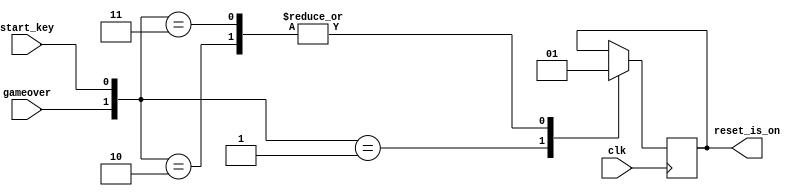
/*module game_reset(SW, LEDR, CLOCK_50);
	input[9:0] SW;
	output [9:0]LEDR;
	input CLOCK_50;
	
	game_reset1 gr(
		.start_key(SW[0]),
		.gameover(SW[1]),
		.clk(CLOCK_50),
		.reset_is_on(LEDR[5])
	);
	//assign LEDR[0] = 1;
endmodule
*/

module game_reset(
	start_key,
	gameover,
	clk,
	reset_is_on
);
	input start_key, gameover, clk;
	output reg reset_is_on = 1;
	//initial reset_is_on = 1;

	always@(posedge clk) begin
		case({gameover, start_key})
			1:reset_is_on = 0;
			2:reset_is_on = 1;
			3:reset_is_on = 1;
			default: reset_is_on = reset_is_on;
		endcase
	end
endmodule